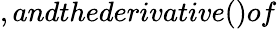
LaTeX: ,andthederivative()of